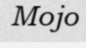
Mojo